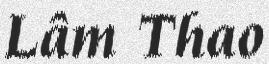
Lâm Thao